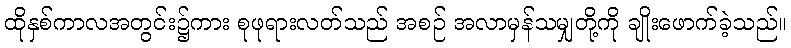
ထိုနှစ်ကာလအတွင်း၌ကား စုဖုရားလတ်သည် အစဉ် အလာမှန်သမျှတို့ကို ချိုးဖောက်ခဲ့သည်။